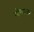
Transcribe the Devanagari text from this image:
गोणारकर